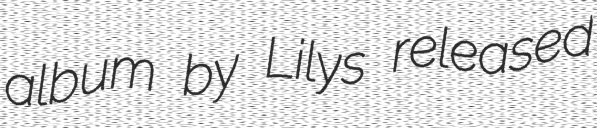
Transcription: album by Lilys released